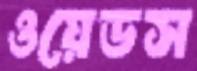
ওয়েডস